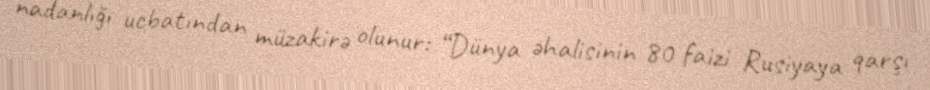
nadanlığı ucbatından müzakirə olunur: “Dünya əhalisinin 80 faizi Rusiyaya qarşı